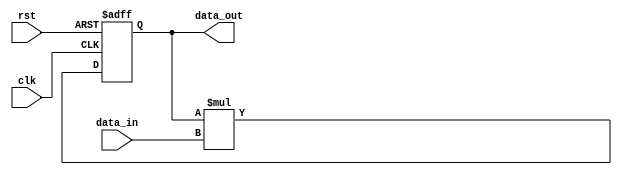
module Pipeline_accumulator (
  input wire clk,
  input wire rst,
  input wire [31:0] data_in,
  output wire [31:0] data_out
);

reg [31:0] stage1_out;
reg [31:0] stage2_out;
reg [31:0] stage3_out;

always @(posedge clk or posedge rst) begin
  if (rst) begin
    stage1_out <= 0;
    stage2_out <= 0;
    stage3_out <= 0;
  end else begin
    // Stage 1: Addition
    stage1_out <= stage1_out + data_in;
    
    // Stage 2: Subtraction
    stage2_out <= stage2_out - data_in;
    
    // Stage 3: Multiplication
    stage3_out <= stage3_out * data_in;
  end
end

assign data_out = stage3_out;

endmodule